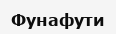
Фунафути